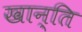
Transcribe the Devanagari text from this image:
खान्ति